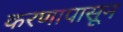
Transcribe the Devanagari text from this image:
करणापासून